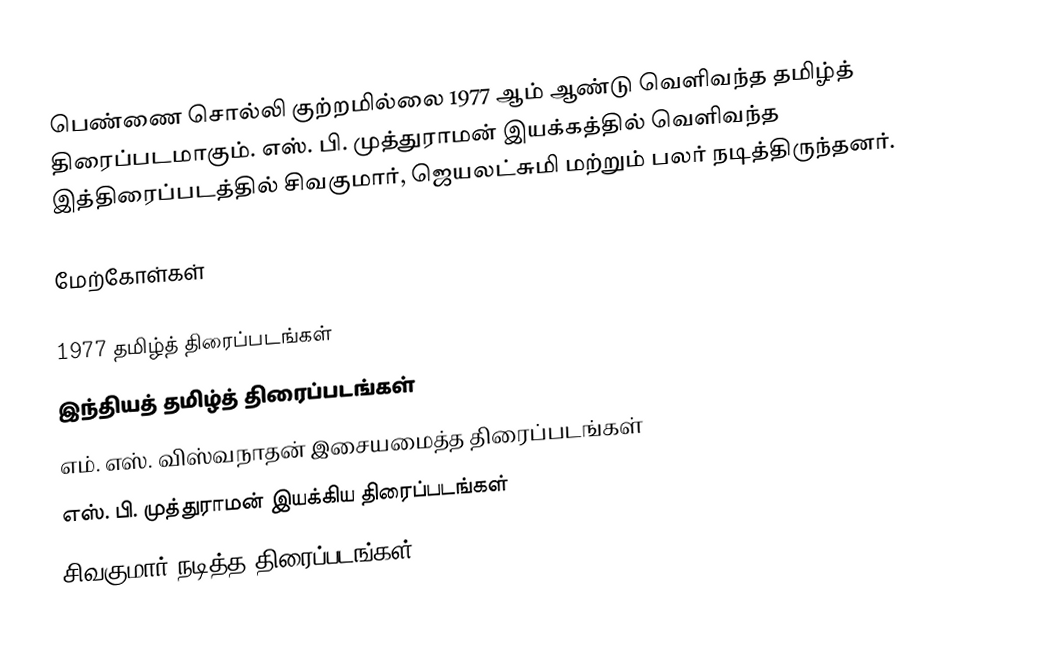
பெண்ணை சொல்லி குற்றமில்லை 1977 ஆம் ஆண்டு வெளிவந்த தமிழ்த் திரைப்படமாகும். எஸ். பி. முத்துராமன் இயக்கத்தில் வெளிவந்த இத்திரைப்படத்தில் சிவகுமார், ஜெயலட்சுமி மற்றும் பலர் நடித்திருந்தனர்.

மேற்கோள்கள்

1977 தமிழ்த் திரைப்படங்கள்
இந்தியத் தமிழ்த் திரைப்படங்கள்
எம். எஸ். விஸ்வநாதன் இசையமைத்த திரைப்படங்கள்
எஸ். பி. முத்துராமன் இயக்கிய திரைப்படங்கள்
சிவகுமார் நடித்த திரைப்படங்கள்